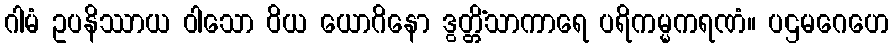
ဂါမံ ဥပနိဿာယ ဝါသော ဝိယ ယောဂိနော ဒွတ္တိံသာကာရေ ပရိကမ္မကရဏံ။ ပဌမဂေဟေ